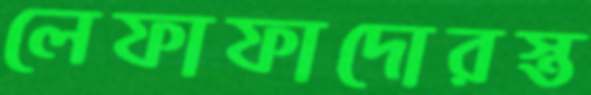
লেফাফাদোরস্ত